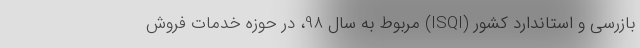
بازرسی و استاندارد کشور (ISQI) مربوط به سال 98، در حوزه خدمات فروش